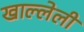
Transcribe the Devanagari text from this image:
खाल्लेली